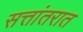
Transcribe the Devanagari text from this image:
सत्तांतरात